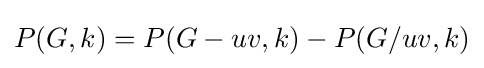
P(G,k)=P(G-uv,k)-P(G/uv,k)